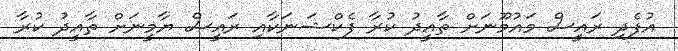
އުފެދި ރައީސް މައުމޫނަށް ތާއީދު ކުރާ ފެކްޝަނަކާއި ރައީސް ޔާމީނަށް ތާއީދު ކުރާ